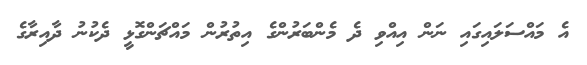
އެ މައްސަލައިގައި ނަން އިއްވި ދެ މެންބަރުންގެ އިތުރުން މައްޗަންގޮޅީ ދެކުނު ދާއިރާގެ